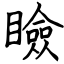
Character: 瞼